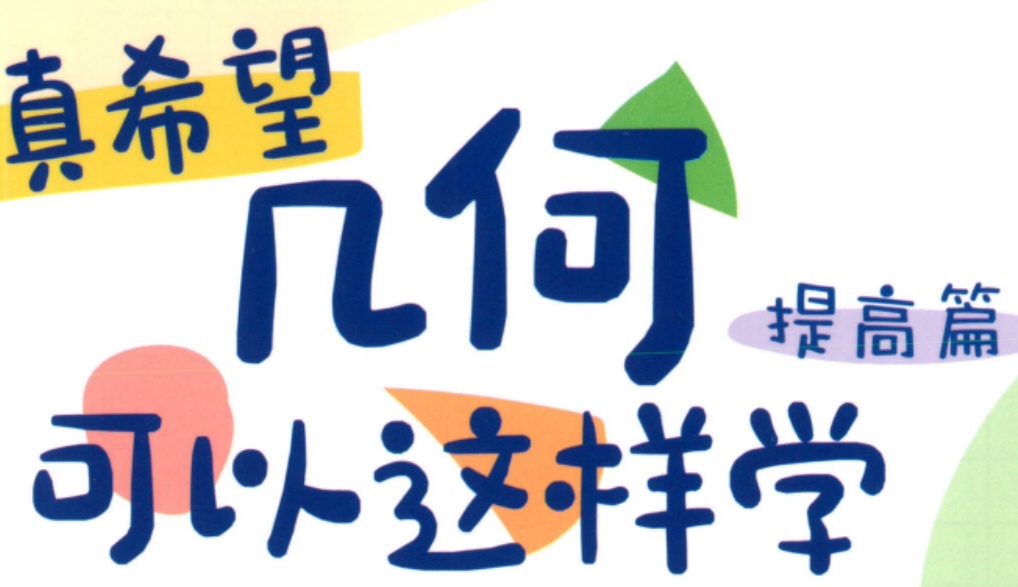
真希望
几何
提高篇
可以这样学